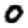
Digit: 0